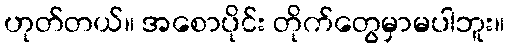
ဟုတ်တယ်။ အစောပိုင်း တိုက်တွေမှာမပါဘူး။